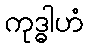
ကုဒ္ဓါဟံ